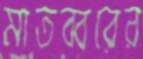
মাতব্বরের